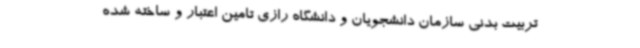
تربیت بدنی سازمان دانشجویان و دانشگاه رازی تامین اعتبار و ساخته شده